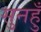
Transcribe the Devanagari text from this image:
सुनहुँ